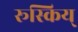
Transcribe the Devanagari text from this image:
रूस्किय्